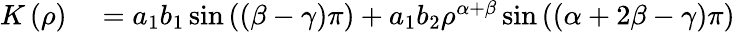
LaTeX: \begin{array}{rl}{K\left(\rho\right)}&{{}=a_{1}b_{1}\sin\left(\left(\beta-\gamma\right)\pi\right)+a_{1}b_{2}\rho^{\alpha+\beta}\sin\left(\left(\alpha+2\beta-\gamma\right)\pi\right)}\end{array}